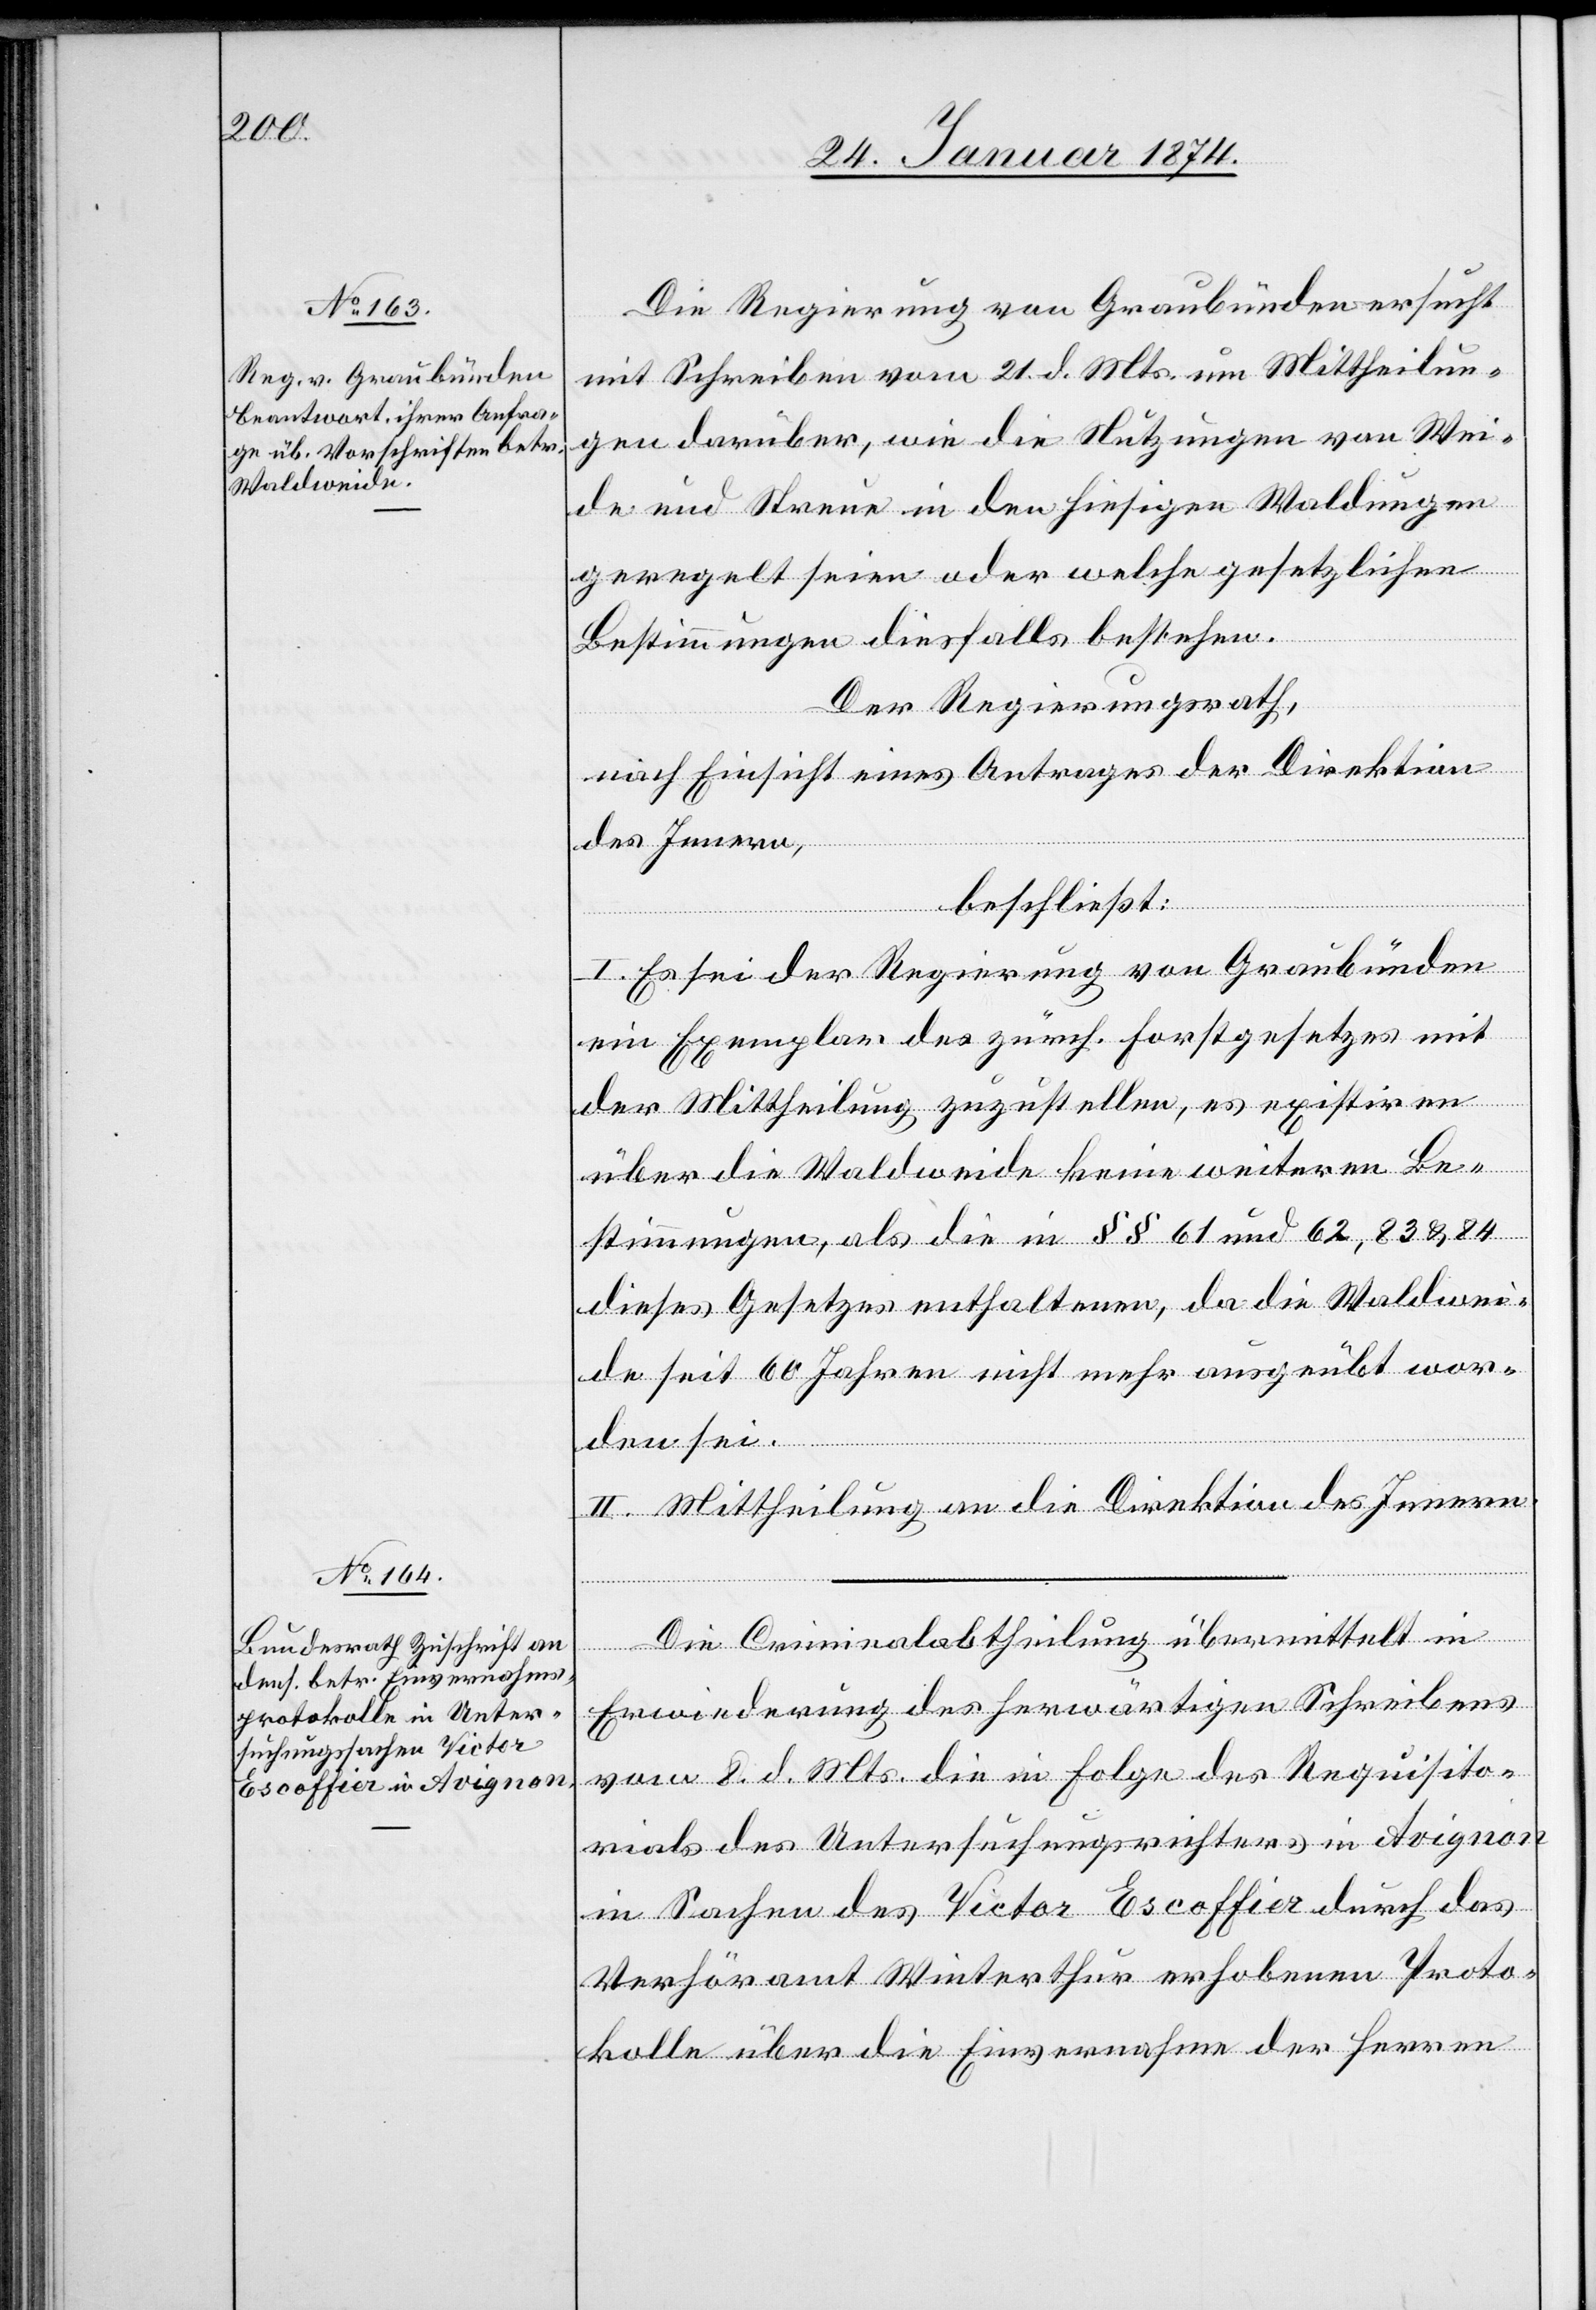
28. Januar 1874.]
Die Regierung von Graubünden ersucht
mit Schreiben vom 21. d. Mts. um Mittheilun¬
gen darüber, wie die Nutzungen von Wei¬
de und Streue in den hiesigen Waldungen
geregelt seien oder welche gesetzlichen
Bestimmungen diesfalls bestehen.
Der Regierungsrath,
nach Einsicht eines Antrages der Direktion
des Innern,
beschließt:
I. Es sei der Regierung von Graubünden
ein Exemplar des zürch. Forstgesetzes mit
der Mittheilung zuzustellen, es existiren
über die Waldweide keine weiteren Be¬
stimmungen, als die in §§ 61 und 62, 83 & 84
dieses Gesetzes enthaltenen, da die Waldwei¬
de seit 60 Jahren nicht mehr ausgeübt wor¬
den sei.
II. Mittheilung an die Direktion des Innern.
Die Criminalabtheilung übermittelt in
Erwiederung des herwärtigen Schreibens
vom 8. d. Mts. die in Folge des Requisito¬
rials des Untersuchungsrichters in Avignon
in Sachen des Victor Escoffier durch das
Verhöramt Winterthur erhobenen Proto¬
kolle über die Einvernahme der Herren